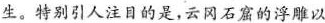
生。特别引人注目的是，云冈石窟的浮雕以